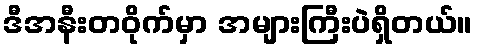
ဒီအနီးတဝိုက်မှာ အများကြီးပဲရှိတယ်။